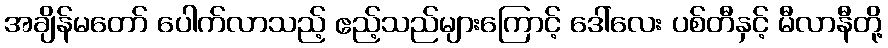
အချိန်မတော် ပေါက်လာသည့် ဧည့်သည်များကြောင့် ဒေါ်လေး ပစ်တီနှင့် မီလာနီတို့